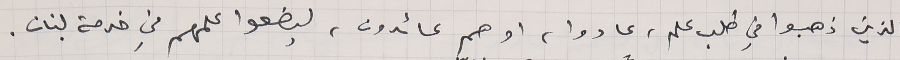
الذين ذهبوا في طلب علم، عادوا، او هم عائدون، ليضعوا علمهم في خدمة لبنان.